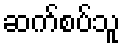
ဆက်စပ်သူ